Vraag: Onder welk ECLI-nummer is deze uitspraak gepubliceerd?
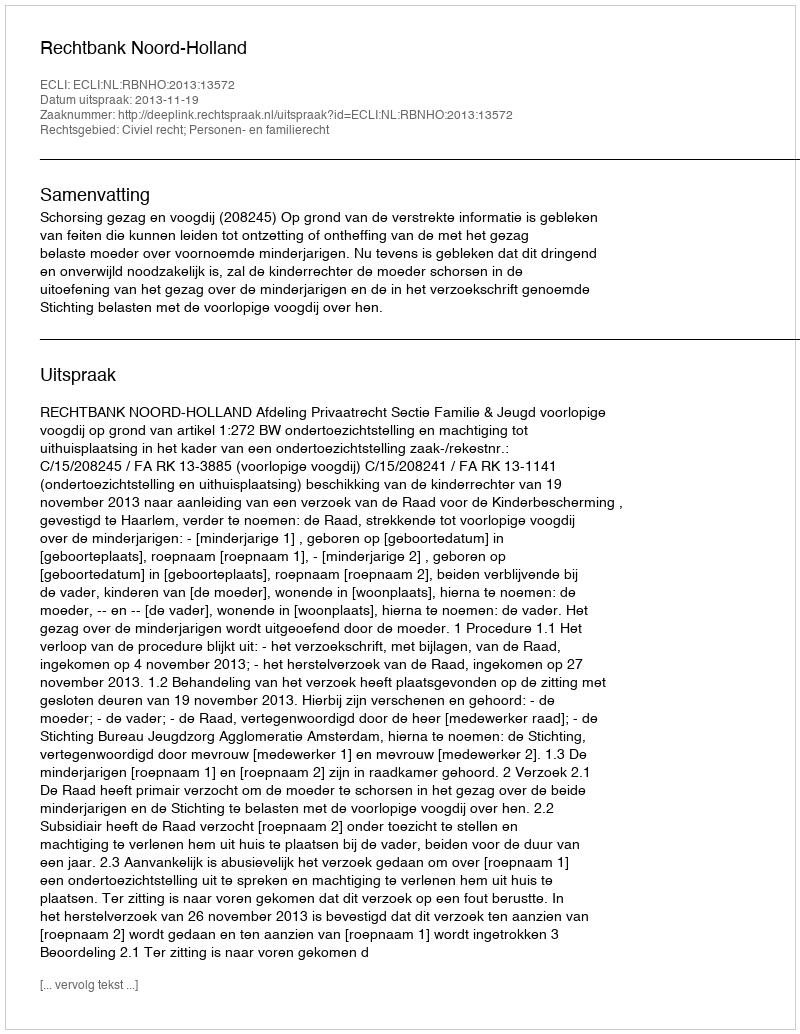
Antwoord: ECLI:NL:RBNHO:2013:13572